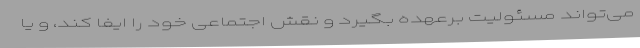
می‌تواند مسئولیت برعهده بگیرد و نقش اجتماعی خود را ایفا کند، و یا